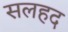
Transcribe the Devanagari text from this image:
सलहद